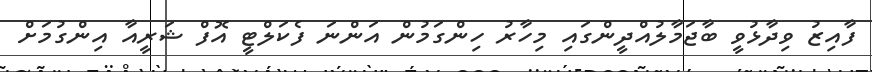
ފާއިޒު ވިދާޅުވީ ބާޖަމާލުއްދީންގައި މިހާރު ހިންގަމުން އަންނަ ފެކަލްޓީ އޮފް ޝަރީއާ އިންގުމަށް